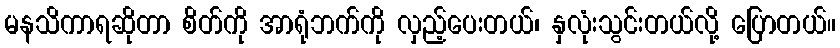
မနသိကာရဆိုတာ စိတ်ကို အာရုံဘက်ကို လှည့်ပေးတယ်၊ နှလုံးသွင်းတယ်လို့ ပြောတယ်။